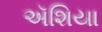
ઍશિયા